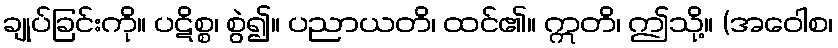
ချုပ်ခြင်းကို။ ပဋိစ္စ၊ စွဲ၍။ ပညာယတိ၊ ထင်၏။ ဣတိ၊ ဤသို့။ (အဝေါစ၊